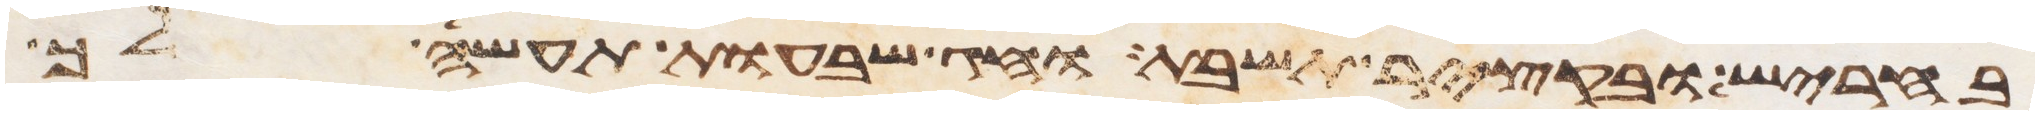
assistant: בחריש ובקציר תשבת וחג שבעות תעשה לך